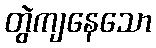
တွဲကျနေသော